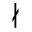
\nmid